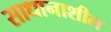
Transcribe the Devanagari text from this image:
साधानाशील